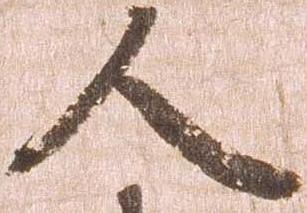
人